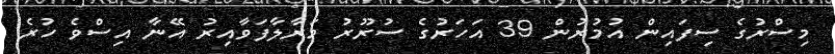
މިސްރުގެ ސިފައިން އުމުރުން 39 އަހަރުގެ ސުރޫރު މަރާލާފަވާއިރު އޭނާ އިސްވެ ހުރެ